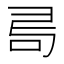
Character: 𠰟